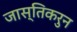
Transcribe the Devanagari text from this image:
जास्तिकरुन